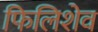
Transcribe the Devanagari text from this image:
फिलिशेव